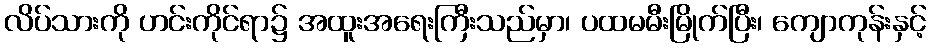
လိပ်သားကို ဟင်းကိုင်ရာ၌ အထူးအရေးကြီးသည်မှာ၊ ပထမမီးမြိုက်ပြီး၊ ကျောကုန်းနှင့်